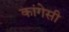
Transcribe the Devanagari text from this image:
कांगेसी